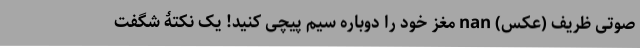
صوتی ظریف (عکس) nan مغز خود را دوباره سیم پیچی کنید! یک نکتۀ شگفت